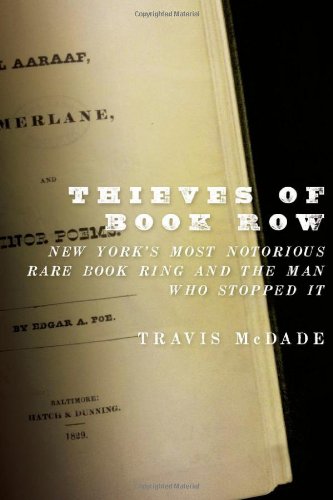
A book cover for Thieves of Book Row: New York's Most Notorious Rare Book Ring and the Man Who Stopped It; Travis McDade; Crafts, Hobbies & Home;